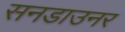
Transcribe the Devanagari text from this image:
सनडाउनर